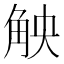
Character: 𮗪